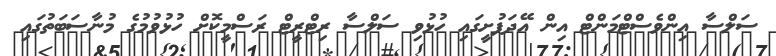
ސަލްސާ އިންވެސްޓްމަންޓް އިން އޭދަފުށީގައި ހުޅުވި ސަލްސާ ރިޓްރީޓް ރަސްމީކޮށް ހުޅުުވުމުގެ މުނާސަބަތުގައި